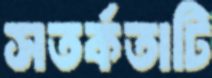
সতর্কতাটি